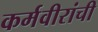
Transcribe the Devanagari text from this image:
कर्मवीरांची